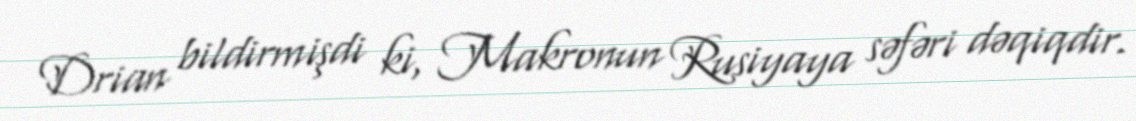
Drian bildirmişdi ki, Makronun Rusiyaya səfəri dəqiqdir.